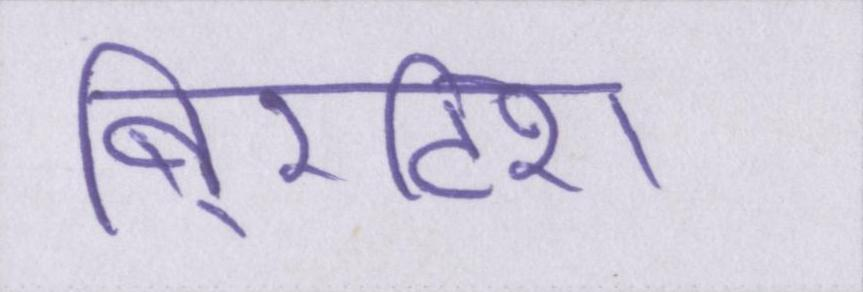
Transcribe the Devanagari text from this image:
बि्रटिश